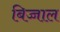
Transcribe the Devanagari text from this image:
बिज्जाल